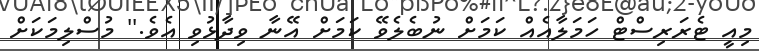
މިއީ ޓެރަރިސްޓް ހަމަލާއެއް ކަމަށް ނުބެލެވޭ ކަމަށް އޭނާ ވިދާޅުވި އެވެ.'' މުސްލިމަކަށް